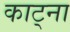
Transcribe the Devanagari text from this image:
काट्ना